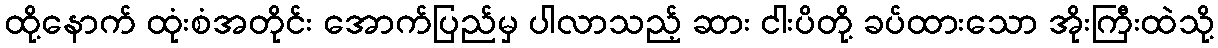
ထို့နောက် ထုံးစံအတိုင်း အောက်ပြည်မှ ပါလာသည့် ဆား ငါးပိတို့ ခပ်ထားသော အိုးကြီးထဲသို့